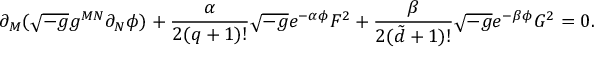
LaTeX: \partial _ { M } ( \sqrt { - g } g ^ { M N } \partial _ { N } \phi ) + \frac { \alpha } { 2 ( q + 1 ) ! } \sqrt { - g } e ^ { - \alpha \phi } F ^ { 2 } + \frac { \beta } { 2 ( { \tilde { d } } + 1 ) ! } \sqrt { - g } e ^ { - \beta \phi } G ^ { 2 } = 0 .